Vaccination North-Western Provinces 1866-1877 - 1866-1877
Year: 1866
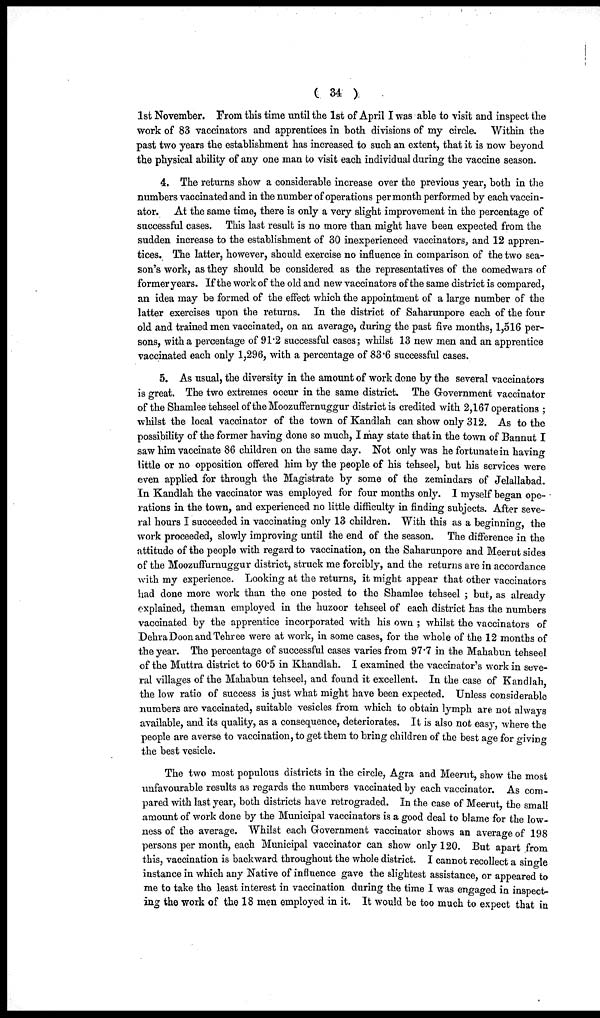
( 34 )
1st November. From this time until the 1st of April I was able to visit and inspect the
work of 83 vaccinators and apprentices in both divisions of my circle. Within the
past two years the establishment has increased to such an extent, that it is now beyond
the physical ability of any one man to visit each individual during the vaccine season.
4. The returns show a considerable increase over the previous year, both in the
numbers vaccinated and in the number of operations per month performed by each vaccin¬
ator. At the same time, there is only a very slight improvement in the percentage of
successful cases. This last result is no more than might have been expected from the
sudden increase to the establishment of 30 inexperienced vaccinators, and 12 appren-
tices. The latter, however, should exercise no influence in comparison of the two sea-
son's work, as they should be considered as the representatives of the oomedwars of
former years. If the work of the old and new vaccinators of the same district is compared,
an idea may be formed of the effect which the appointment of a large number of the
latter exercises upon the returns. In the district of Saharunpore each of the four
old and trained men vaccinated, on an average, during the past five months, 1,516 per-
sons, with a percentage of 91.2 successful cases; whilst 13 new men and an apprentice
vaccinated each only 1,296, with a percentage of 83.6 successful cases.
5. As usual, the diversity in the amount of work done by the several vaccinators
is great. The two extremes occur in the same district. The Government vaccinator
of the Shamlee tehseel of the Moozuffernuggur district is credited with 2,167 operations ;
whilst the local vaccinator of the town of Kandlah can show only 312. As to the
possibility of the former having done so much, I may state that in the town of Bannut I
saw him vaccinate 86 children on the same day. Not only was he fortunate in having
little or no opposition offered him by the people of his tehseel, but his services were
even applied for through the Magistrate by some of the zemindars of Jelallabad.
In Kandlah the vaccinator was employed for four months only. I myself began ope-
rations in the town, and experienced no little difficulty in finding subjects. After seve-
ral hours I succeeded in vaccinating only 13 children. With this as a beginning, the
work proceeded, slowly improving until the end of the season. The difference in the
attitude of the people with regard to vaccination, on the Saharunpore and Meerut sides
of the Moozuffurnuggur district, struck me forcibly, and the returns are in accordance
with my experience. Looking at the returns, it might appear that other vaccinators
had done more work than the one posted to the Shamlee tehseel; but, as already
explained, theman employed in the huzoor tehseel of each district has the numbers
vaccinated by the apprentice incorporated with his own ; whilst the vaccinators of
Dehra Doon and Tehree were at work, in some cases, for the whole of the 12 months of
the year. The percentage of successful cases varies from 97.7 in the Mahabun tehseel
of the Muttra district to 60.5 in Khandlah. I examined the vaccinator's work in seve-
ral villages of the Mahabun tehseel, and found it excellent. In the case of Kandlah,
the low ratio of success is just what might have been expected. Unless considerable
numbers are vaccinated, suitable vesicles from which to obtain lymph are not always
available, and its quality, as a consequence, deteriorates. It is also not easy, where the
people are averse to vaccination, to get them to bring children of the best age for giving
the best vesicle.
The two most populous districts in the circle, Agra and Meerut, show the most
unfavourable results as regards the numbers vaccinated by each vaccinator. As com-
pared with last year, both districts have retrograded. In the case of Meerut, the small
amount of work done by the Municipal vaccinators is a good deal to blame for the low¬
ness of the average. Whilst each Government vaccinator shows an average of 198
persons per month, each Municipal vaccinator can show only 120. But apart from
this, vaccination is backward throughout the whole district. I cannot recollect a single
instance in which any Native of influence gave the slightest assistance, or appeared to
me to take the least interest in vaccination during the time I was engaged in inspect-
ing the work of the 18 men employed in it. It would be too much to expect that in